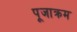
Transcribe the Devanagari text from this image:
पूजाक्रम